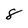
Character: 8